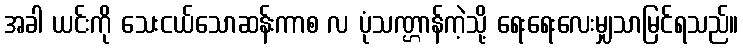
အခါ ယင်းကို သေးငယ်သောဆန်းကာစ လ ပုံသဏ္ဌာန်ကဲ့သို့ ရေးရေးလေးမျှသာမြင်ရသည်။